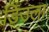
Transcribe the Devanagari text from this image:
डिउला